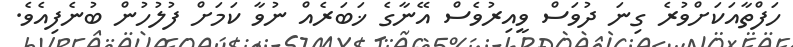
ހަފްތާއަކަށްވުރެ ގިނަ ދުވަސް ވީއިރުވެސް އޭނާގެ ޚަބަރެއް ނުވާ ކަމަށް ފުލުހުން ބުނެފިއެވެ.